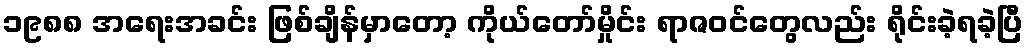
၁၉၈၈ အရေးအခင်း ဖြစ်ချိန်မှာတော့ ကိုယ်တော်မှိုင်း ရာဇဝင်တွေလည်း ရိုင်းခဲ့ရခဲ့ပြီ